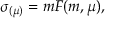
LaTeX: \sigma _ { ( \mu ) } = m F ( m , \mu ) ,